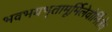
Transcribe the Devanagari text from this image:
भवभयभृतामूर्मिलेवोर्मिलैव